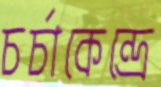
চর্চাকেন্দ্রে